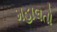
મહાલતો